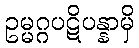
ဥမ္မဂ္ဂပဋိပန္နာမှိ